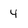
Character: y